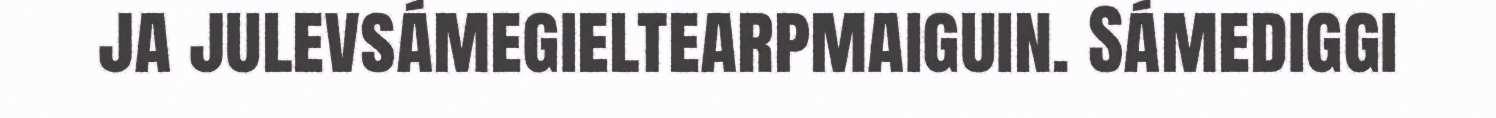
ja julevsámegieltearpmaiguin. Sámediggi